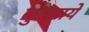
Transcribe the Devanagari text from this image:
नुस्खाये